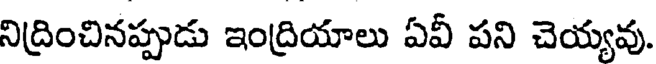
నిద్రించినప్పుడు ఇంద్రియాలు ఏవీ పని చెయ్యవు.